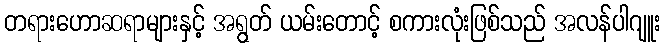
တရားဟောဆရာများနှင့် အရွတ် ယမ်းတောင့် စကားလုံးဖြစ်သည် အလန်ပါဂျူး